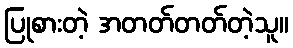
ပြုစားတဲ့ အတတ်တတ်တဲ့သူ။